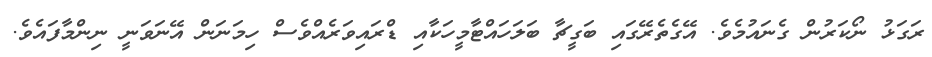
ރަގަޅު ނޯކަރުން ގެނައުމެވެ. އޭގެތެރޭގައި ބަގީޗާ ބަލަހައްޓާމީހަކާއި ޑްރައިވަރެއްވެސް ހިމަނަން އޭނަވަނީ ނިންމާފައެވެ.